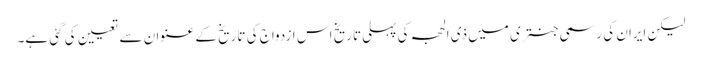
لیکن ایران کی رسمی جنتری میں ذی الحجہ کی پہلی تاریخ اس ازدواج کی تاریخ کے عنوان سے تعیین کی گئی ہے۔